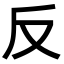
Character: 反